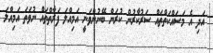
އަދި އެ މަސައްކަތްތައް ސަރުކާރުން ކުރަން ބޭނުންވަނީ އަމިއްލަ ފަރާތްތައް ނުވަތަ އަމިއްލަ